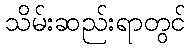
သိမ်းဆည်းရာတွင်